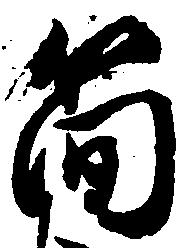
簡